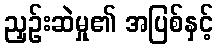
ညှဉ်းဆဲမှု၏ အပြစ်နှင့်